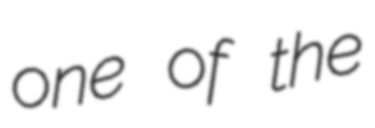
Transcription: one of the